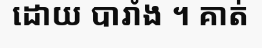
ដោយ បារាំង ។ គាត់